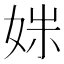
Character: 𫰩